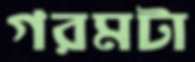
গরমটা